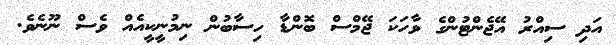
އަދި ސިއްރު އޭޖެންޓުންގެ ވާހަކަ ޖޭމްސް ބޮންޑާ ހިސާބުން ނިމުނީކީއެއް ވެސް ނޫނެވެ.